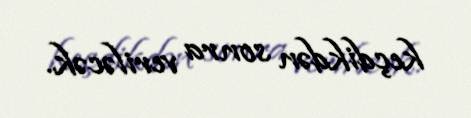
keçdikdən sonra veriləcək.